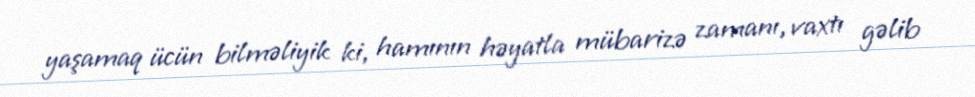
yaşamaq ücün bilməliyik ki, hamının həyatla mübarizə zamanı, vaxtı gəlib